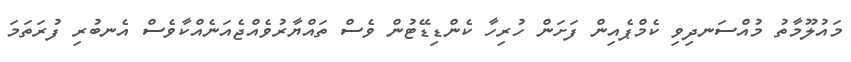
މައުލޫމާތު މުއްސަނދިވި ކެމްޕެއިން ފަށަން ހުރިހާ ކެންޑިޑޭޓުން ވެސް ތައްޔާރުވެއްޖެއަނެއްކާވެސް އެނބުރި ފުރަތަމަ